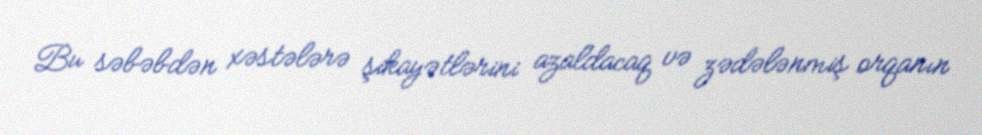
Bu səbəbdən xəstələrə şikayətlərini azaldacaq və zədələnmiş orqanın